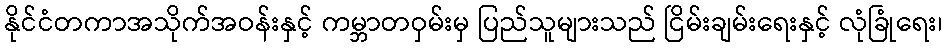
နိုင်ငံတကာအသိုက်အဝန်းနှင့် ကမ္ဘာတဝှမ်းမှ ပြည်သူများသည် ငြိမ်းချမ်းရေးနှင့် လုံခြုံရေး၊